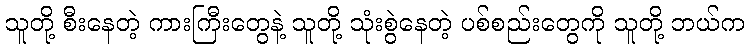
သူတို့ စီးနေတဲ့ ကားကြီးတွေနဲ့ သူတို့ သုံးစွဲနေတဲ့ ပစ်စည်းတွေကို သူတို့ ဘယ်က